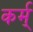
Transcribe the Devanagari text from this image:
कर्म्